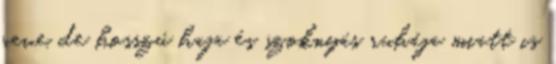
neve, de hosszú haja és szoknyás ruhája miatt is